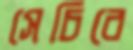
সেচিবে